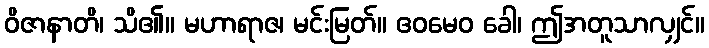
ဝိဇာနာတိ၊ သိ၏။ မဟာရာဇ၊ မင်းမြတ်။ ဧဝမေဝ ခေါ၊ ဤအတူသာလျှင်။